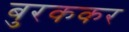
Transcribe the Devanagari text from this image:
बुरककर